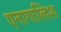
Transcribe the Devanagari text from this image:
एनागालिश